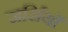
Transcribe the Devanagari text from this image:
जर्सियाँ